Medical and sanitary report of the native army of Bengal for the year
Year: 1876
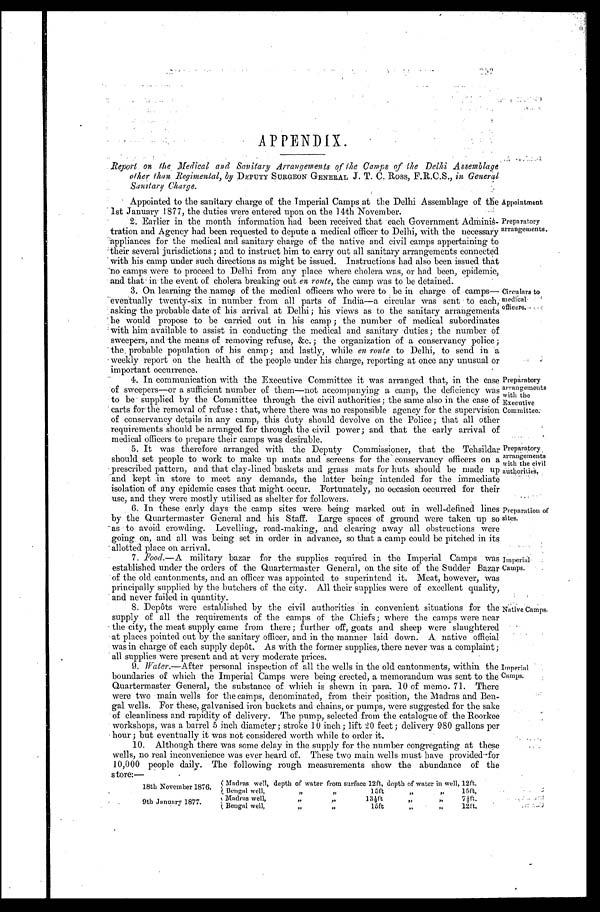
APPENDIX.
R e p o r t o n t h e M e d i c a l a n d S a n i t a r y A r r a n g e m e n t s o f t h e C a m p s o f t h e D e l h i A s s e m b l a g e
other than Regimental, by DEPUTY SURGEON GENERAL J. T. C. Ross, F.R.C.S., in General
Sanitary Charge.
Appointed to the sanitary charge of the Imperial Camps at the Delhi Assemblage of
the 1st January 1877, the duties were entered upon on the 14th November.
Appointment
Preparatory
arrangements.
2. Earlier in the month information had been received that each Government Adminis-
tration and Agency had been requested to depute a medical officer to Delhi, with the necessary
appliances for the medical and sanitary charge of the native and civil camps appertaining to
their several jurisdictions ; and to instruct him to carry out all sanitary arrangements connected
with his camp under such directions as might be issued. Instructions had also been issued that
no camps were to proceed to Delhi from any place where cholera was, or had been, epidemic,
and that in the event of cholera breaking out en route, the camp was to be detained.
3. On learning the names of the medical officers who were to be in charge of
c a m p s — e v e n t u a l l y t w e n t y - s i x i n n u m b e r f r o m a l l p a r t s o f I n d i a — a c i r c u l a r w a s s e n t t o e a c h ,
asking the probable date of his arrival at Delhi ; his views as to the sanitary arrangements
he would propose to be carried out in his camp ; the number of medical subordinates
with him available to assist in conducting the medical and sanitary duties ; the number of
sweepers, and the means of removing refuse, &c. ; the organization of a conservancy police ;
the probable population of his camp ; and lastly, while en route to Delhi, to send in a
weekly report on the health of the people under his charge, reporting at once any unusual or
important occurrence.
Circulars to
medieal
officers.–
Preparatory
arrangements
with the
Executive
Committee.
4. In communication with the Executive Committee it was arranged that, in the case
of sweepers—or a sufficient number of them—not accompanying a camp, the deficiency was
to be supplied by the Committee through the civil authorities ; the same also in the case of
carts for the removal of refuse : that, where there was no responsible agency for the supervision
of conservancy details in any camp, this duty should devolve on the Police ; that all other
requirements should be arranged for through the civil power ; and that the early arrival of
medical officers to prepare their camps was desirable.
5. It was therefore arranged with the Deputy Commissioner, that the Tehsildar
should set people to work to make up mats and screens for the conservancy officers on a
prescribed pattern, and that clay-lined baskets and grass mats for huts should be made up
and kept in store to meet any demands, the latter being intended for the immediate
isolation of any epidemic cases that might occur. Fortunately, no occasion occurred for their
use, and they were mostly utilised as shelter for followers.
Preparatory.
arrangements
with the civil
authorities.
6. In these early days the camp sites were being marked out in well-defined lines
by the Quartermaster General and his Staff. Large spaces of ground were taken up so
as to avoid crowding. Levelling, road-making, and clearing away all obstructions were
going, on, and all was being set in order in advance, so that a camp could be pitched in its
allotted place on arrival.
7. Food.—A military bazar for the supplies required in the Imperial Camps was
established under the orders of the Quartermaster General, on the site of the Sudder Bazar
of the old cantonments, and an officer was appointed to superintend it. Meat, however, was
principally supplied by the butchers of the city. All their supplies were of excellent quality,
and never failed in quantity.
8 . D e p ô t s w e r e e s t a b l i s h e d b y t h e c i v i l a u t h o r i t i e s i n c o n v e n i e n t s i t u a t i o n s f o r t h e
supply of all the requirements of the camps of the Chiefs; where the camps were nea
r the city, the meat supply came from there ; further off, goats and sheep were slaughtered
at places pointed out by the sanitary officer, and in the manner laid down. A native official
was in charge of each supply depôt. As with the former supplies, there never was a complaint ;
all supplies were present and at very moderate prices.
Preparation of
sites.
Imperial
Camps.
Native Camps.
9.
Water.—After personal inspection of all the wells in the old cantonments, within the Imperial
boundaries of which the Imperial Camps were being erected, a memorandum was sent to the Camps.
Quartermaster General, the substance of which is shewn in para. 10 of memo. 71. There
were two main wells for the camps, denominated, from their position, the Madras and Ben-
-gal wells. For these, galvanised iron buckets and chains, or pumps, were suggested for the sake
of cleanliness and rapidity of delivery. The pump, selected from the catalogue of the Roorkee
workshops, was a barrel 5 inch diameter ; stroke 10 inch ; lift 20 feet ; delivery 980 gallons per
hour ; but eventually it was not considered worth while to order it.
10. Although there was some delay in the supply for the number congregating at these
wells, no real inconvenience was ever heard of. These two main wells must have provided for
10,000 people daily. The following rough measurements show the abundance of the
18th November 1876. ( Madras well, depth of water from surface 12ft, depth of water in well, 12ft.
Bengal well
,,
, , 1 5 f t
„
15ft,
,
9th January 1877.
• Madras well,
„
, ,
, 1 3 ½ f t
7½ft..
3,
it..
Bengal well,
,,
, ,
1 5 f t
, , ,,
12ft.